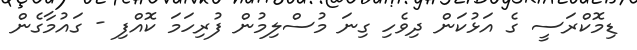
ޑިމޮކްރަސީ ގެ އަޅުކަން ދިވެހި ގިނަ މުސްލިމުން ފުރިހަމަ ކޮއްފި - ގައުމާގެން